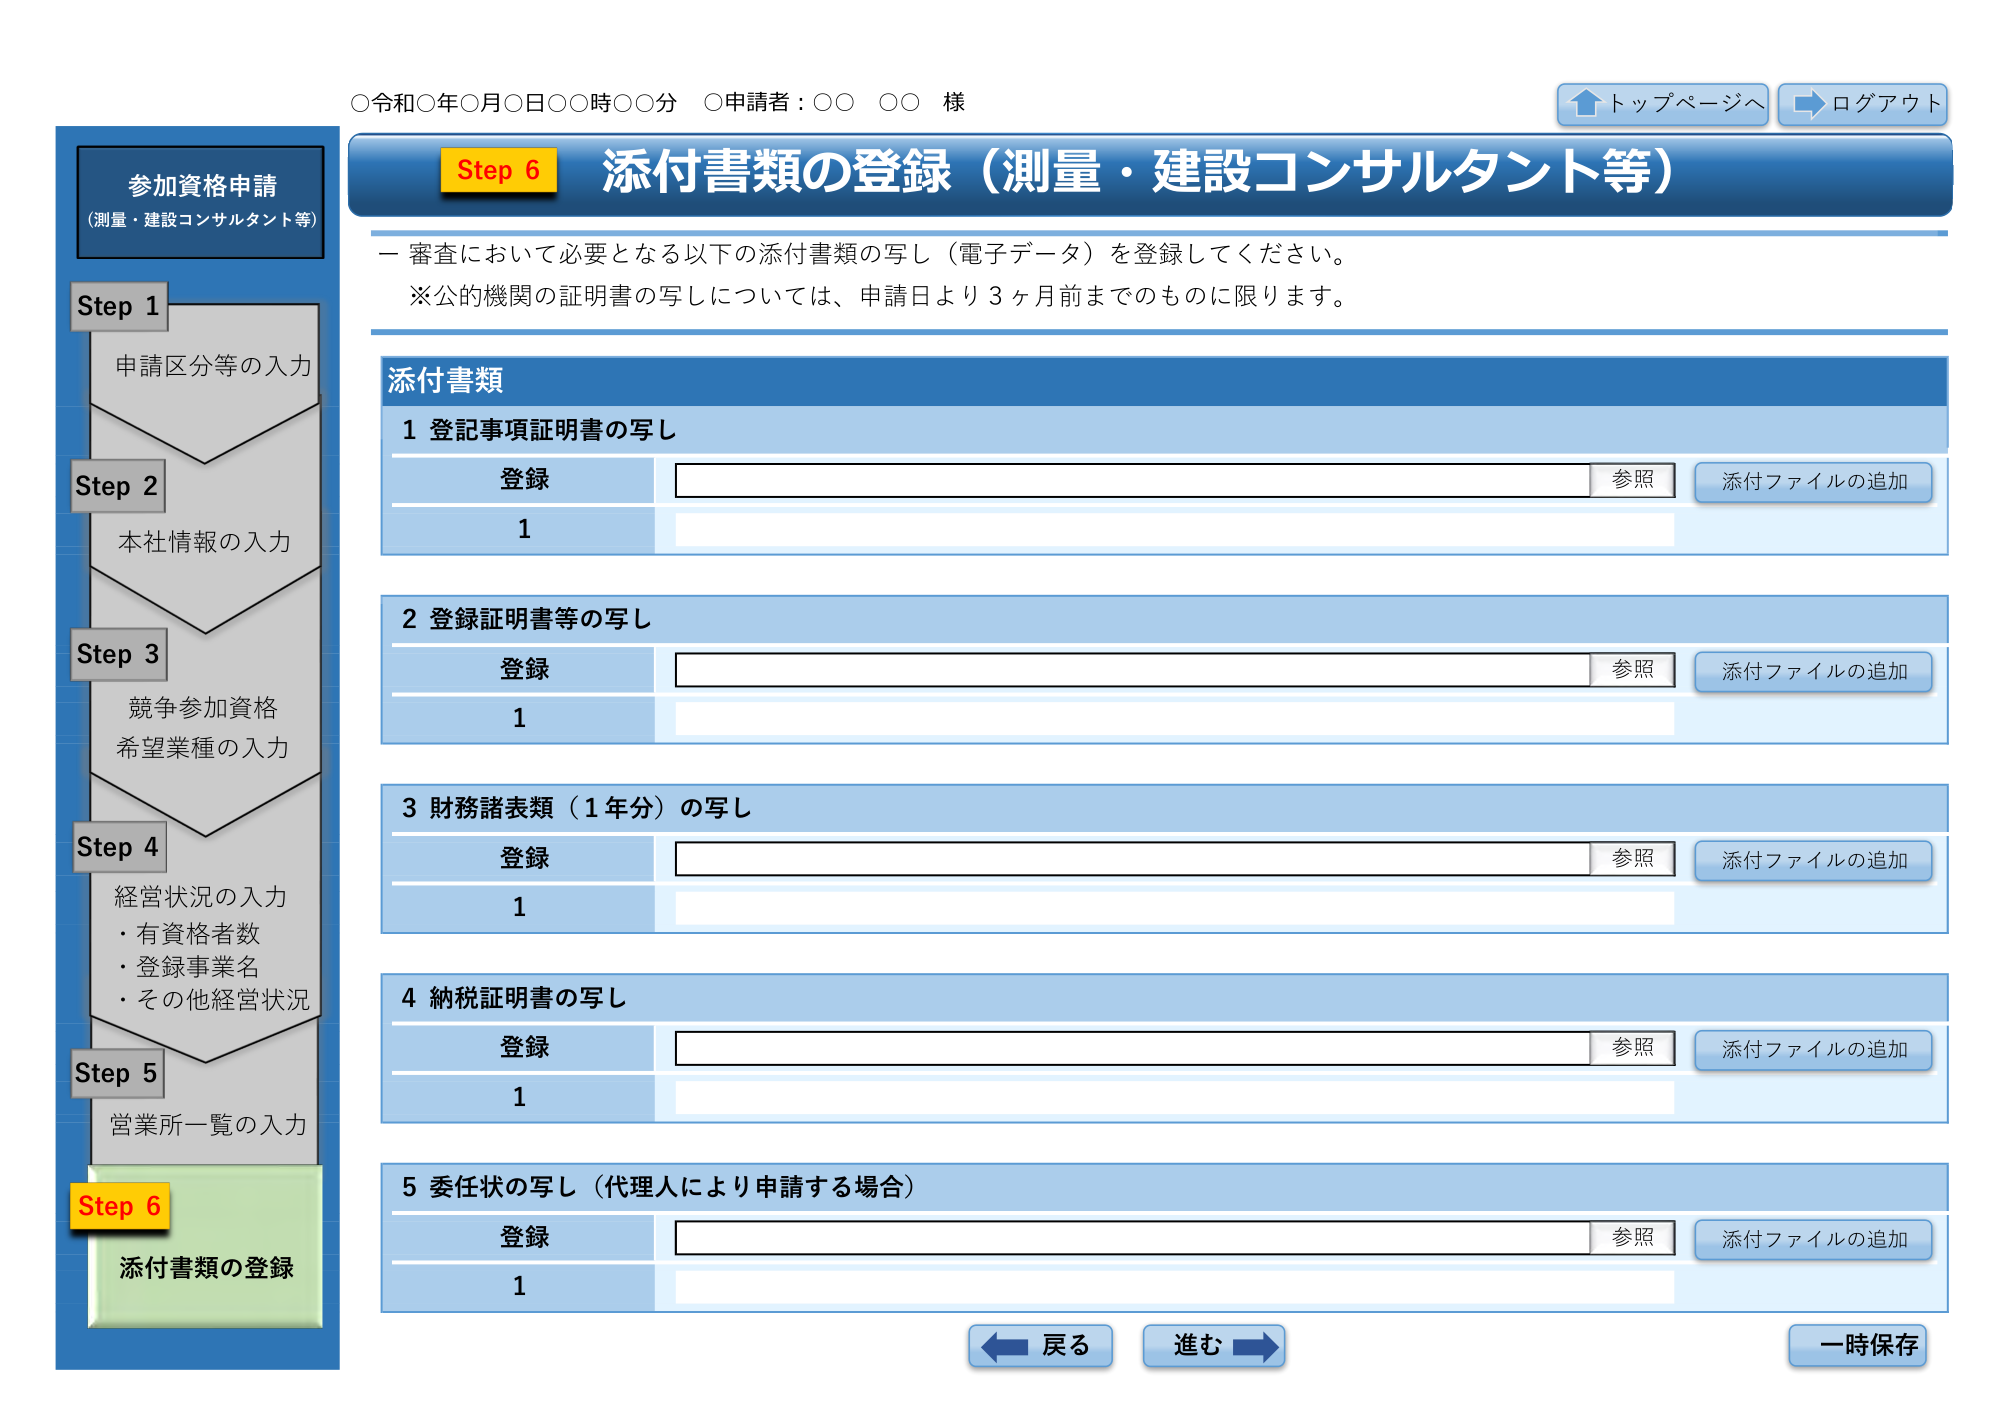
○令和○年○月○日○○時○○分 ○申請者：○○ ○○ 様
↑トップページへ ←ログアウト

参加資格申請
（測量・建設コンサルタント等）

Step 1
申請区分等の入力

Step 2
本社情報の入力

Step 3
競争参加資格
希望業種の入力

Step 4
経営状況の入力
・有資格者数
・登録事業名
・その他経営状況

Step 5
営業所一覧の入力

Step 6
添付書類の登録

Step 6 添付書類の登録（測量・建設コンサルタント等）
一 審査において必要となる以下の添付書類の写し（電子データ）を登録してください。
※公的機関の証明書の写しについては、申請日より3ヶ月前までのものに限ります。

添付書類
1 登記事項証明書の写し
登録 [空欄] 参照 添付ファイルの追加
1 [空欄]

2 登録証明書等の写し
登録 [空欄] 参照 添付ファイルの追加
1 [空欄]

3 財務諸表類（1年分）の写し
登録 [空欄] 参照 添付ファイルの追加
1 [空欄]

4 納税証明書の写し
登録 [空欄] 参照 添付ファイルの追加
1 [空欄]

5 委任状の写し（代理人により申請する場合）
登録 [空欄] 参照 添付ファイルの追加
1 [空欄]

← 戻る 進む → 一時保存